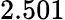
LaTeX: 2.501